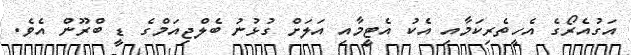
އަގުއެރޯގެ އެހީތެރިކަމާއި އެކު އެޓީމާއި އަލަށް ގުޅުނު ބެލްޖިއަމްގެ ޑީ ބްރޫން އެވެ.